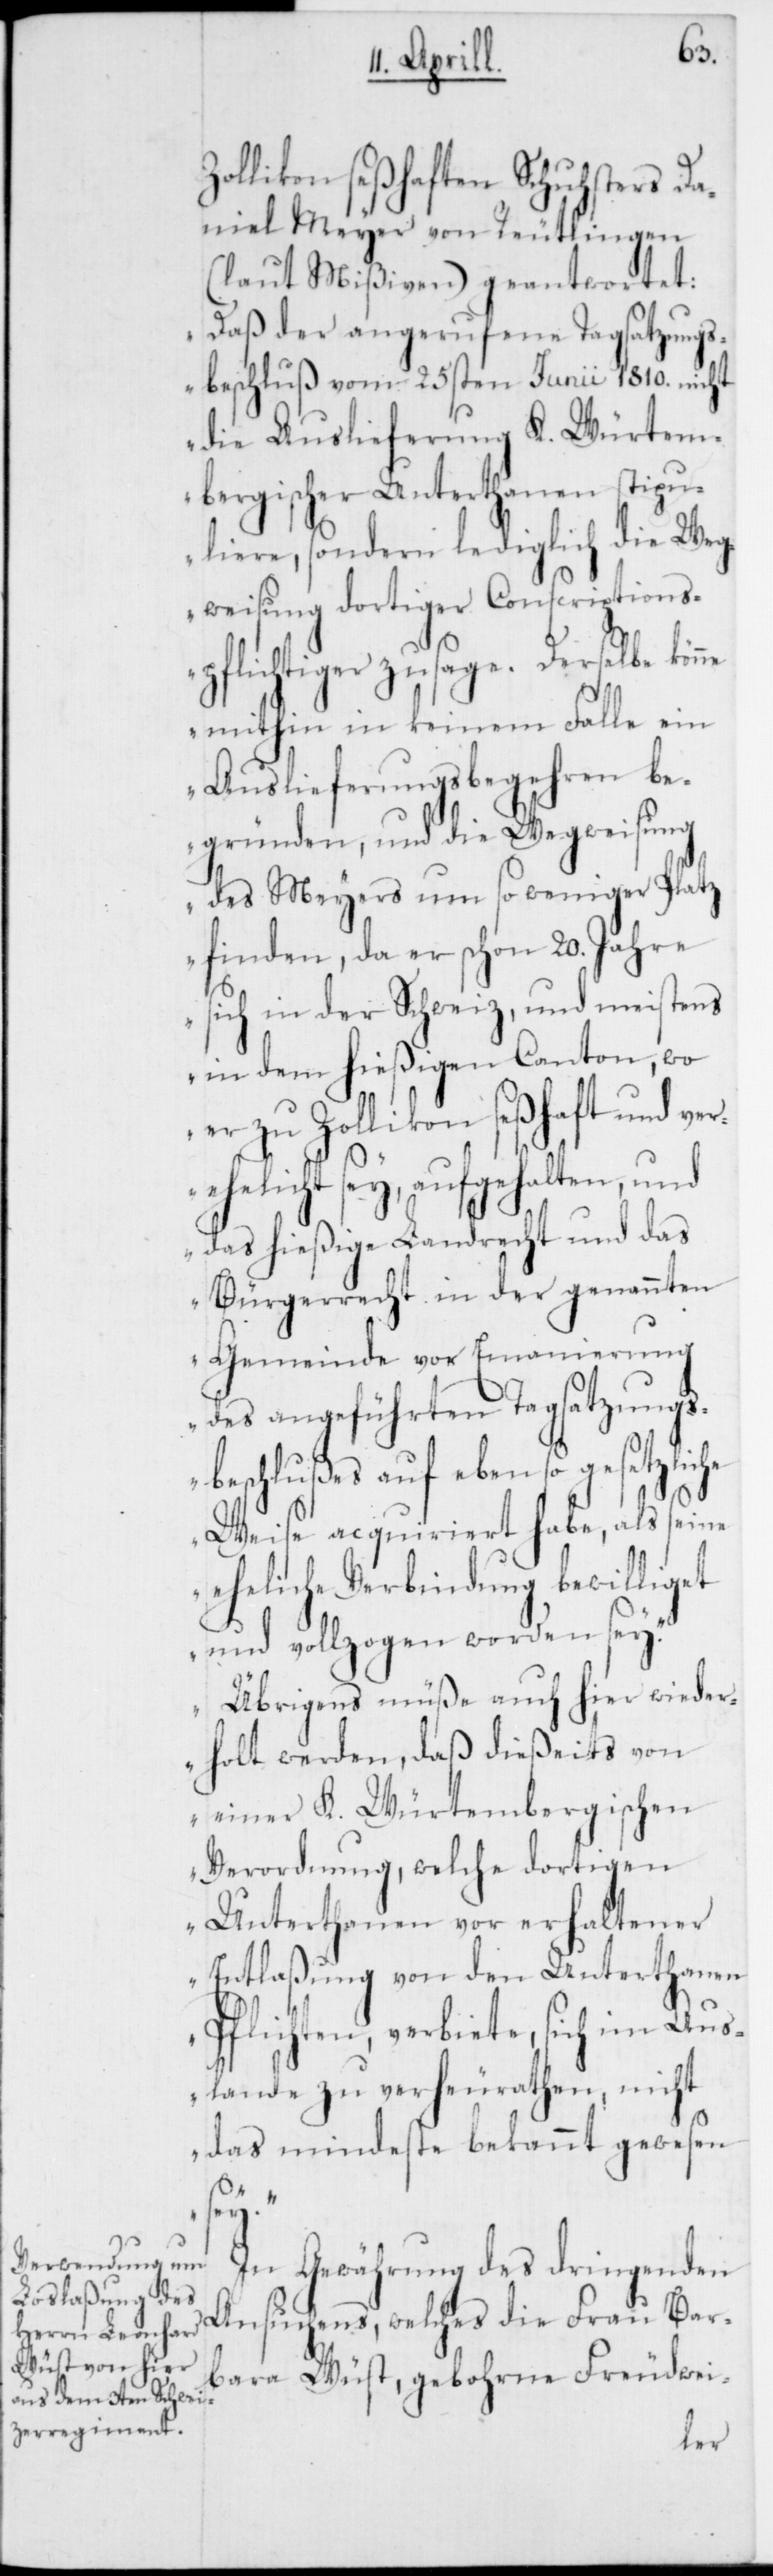
Zollikon seßhaften Schuhsters Da¬
niel Meyer von Reutlingen
(laut Mißiven) geantwortet:
„Daß der angerufene Tagsatzungs¬
beschluß vom 25sten Junii 1810. nicht
die Auslieferung K. Würtem¬
bergischer Unterthanen stipu¬
liere, sondern lediglich die Weg¬
weisung dortiger Conscriptions¬
pflichtiger zusage. Derselbe kön¬
ne mithin in keinem Falle ein
Auslieferungsbegehren be¬
gründen, und die Wegweisung
des Meyers um so weniger Platz
finden, da er schon 20. Jahre
sich in der Schweiz, und meistens
in dem hießigen Canton, wo
er zu Zollikon seßhaft und ve¬
rehelicht sey, aufgehalten, und
das hießige Landrecht und das
Bürgerrecht in der genannten
Gemeinde vor Emanierung
des angeführten Tagsatzungs¬
beschlußes auf ebenso gesetzliche
Weise acquiriert habe, als seine
eheliche Verbindung bewilliget
und vollzogen worden sey.“
„Übrigens müße auch hier wieder¬
holt werden, daß dießeits von
einer K. Würtembergischen
Verordnung, welche dortigen
Unterthanen vor erhaltener
Entlaßung von den Unterthane¬
n-Pflichten, verbiete, sich im Aus¬
lande zu verheurathen, nicht
das Mindeste bekannt gewesen
sey.“
In Gewährung des dringenden
Ansuchens, welches die Frau Bar¬
bara Wüst, gebohrne Freudwei-